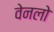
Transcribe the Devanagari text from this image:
वेनलो